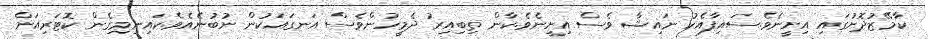
ކާމޭޒުދޮށުގައި އިށީނެވެ.ސައިފާއެކު ނައިޝާ ވެސް އިށީނެވެ.ކާން ތިބިއިރު ދެމީހުންވެސް އަނގައަކުން ނުބުނެއެވެ.ކައިނިމިގެން ކޮޓަރިއަށް